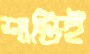
শাস্তিই